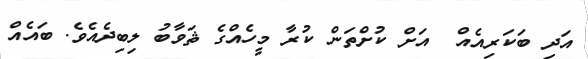
އަދި ބަކަރިއެއް  އަށް ކުށްތަން ކުރާ މީހެއްގެ ޘަވާބު ލިބިދެއެވެ. ބައެއް